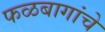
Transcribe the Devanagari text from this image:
फळबागांचे